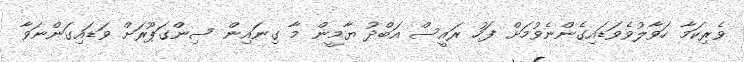
ވެރިކަމާ ހަވާލުވެވަޑައިގެންނެވުމަށް ފަހު ރައީސް އަބްދު ޔާމީން މާ ގިނައިން ސިންގަޕޫރަށް ވަޑައިގަންނަވާ